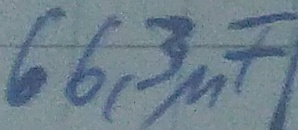
Text: 66,3µF